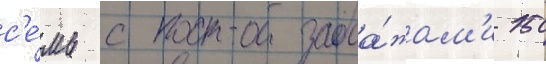
с'е́мь с прода́жам'и 150